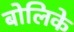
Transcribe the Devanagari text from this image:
बोलिके